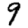
Digit: 9